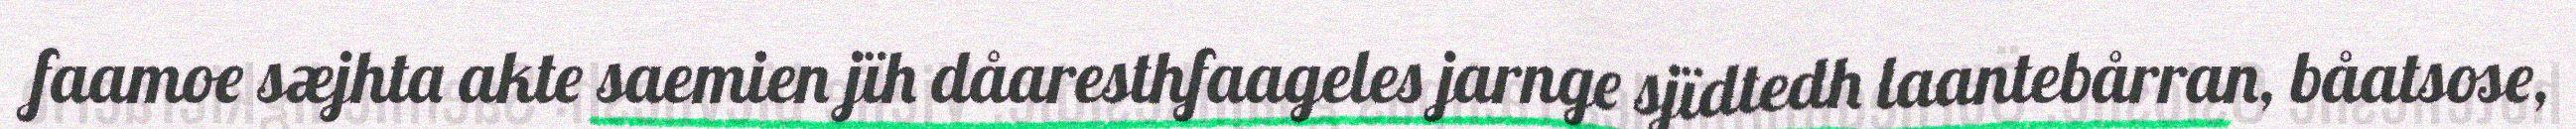
faamoe sæjhta akte saemien jïh dåaresthfaageles jarnge sjïdtedh laantebårran, båatsose,